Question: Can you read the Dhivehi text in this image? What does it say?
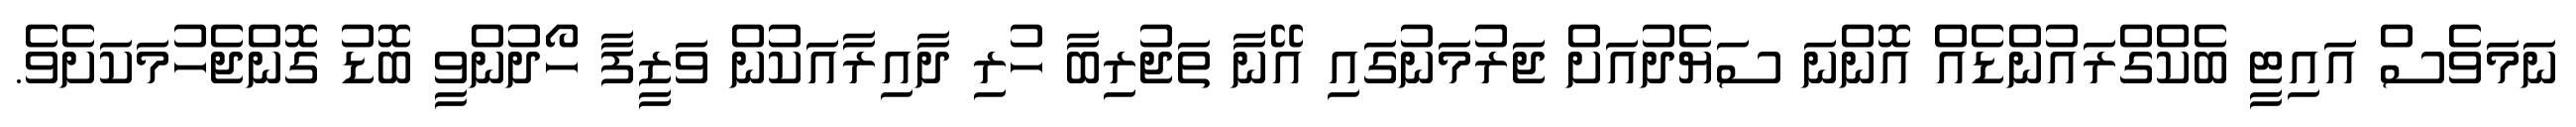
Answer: ނަމަވެސް އައިޓީ ބެކްގްރައުންޑެއް އޮންނަ ސަޔެދުއަށް ޖަރުމަނުގައި އޭނާ ތަޖުރިބާ ހުރި ދާއިރާއަކުން ވަޒީފާ ހޯދުންވީ ބޮޑު ގޮންޖެހުމަކަށެވެ.